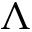
\Lambda